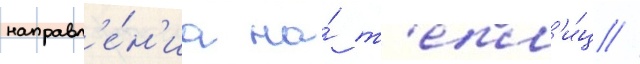
направл'е́н'иа на́ т'епл'и́ц //